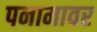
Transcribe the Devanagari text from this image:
पनामावर